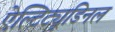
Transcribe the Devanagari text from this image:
ऐल्टिट्यूडिनल